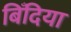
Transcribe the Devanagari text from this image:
बिँदिया